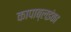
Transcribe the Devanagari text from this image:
कापाब्लइंका